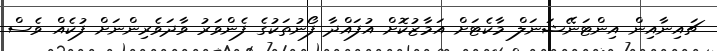
ޗައިނާއިން އިންޓަނޭޝަނަލް މާކެޓަށް އަމާޒުކޮށް އުފައްދާ ފޯނުތަކުގެ ފެންވަރު ވާދަވެރިންނަށް ފުކެއް ވެސް